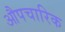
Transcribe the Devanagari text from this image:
औपचारिक